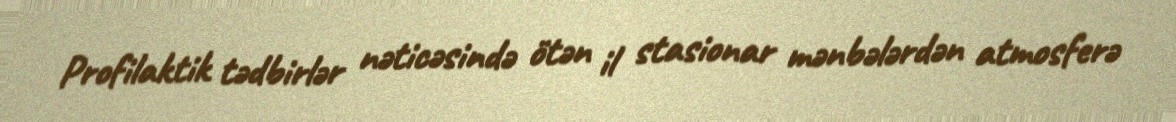
Profilaktik tədbirlər nəticəsində ötən il stasionar mənbələrdən atmosferə